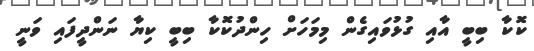
ކޮކާ ބިބީ އާއި ގުޅުވައިގެން މިމަހަށް ހިންދުކޮކާ ބިބީ ކިޔާ ނަންދީފައި ވަނީ